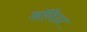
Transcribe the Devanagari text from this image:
ऑनैडा